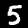
Digit: 5